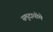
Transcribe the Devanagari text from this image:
समुदायोमे